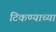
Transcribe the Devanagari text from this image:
टिकण्याच्या